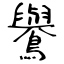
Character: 鸒